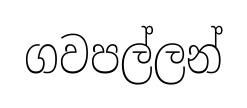
ගවපල්ලන්